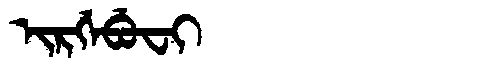
Manchu: ᡳᡵᡤᡝᠪᡠᠸᡳ
Romanization: IRGEBUFI